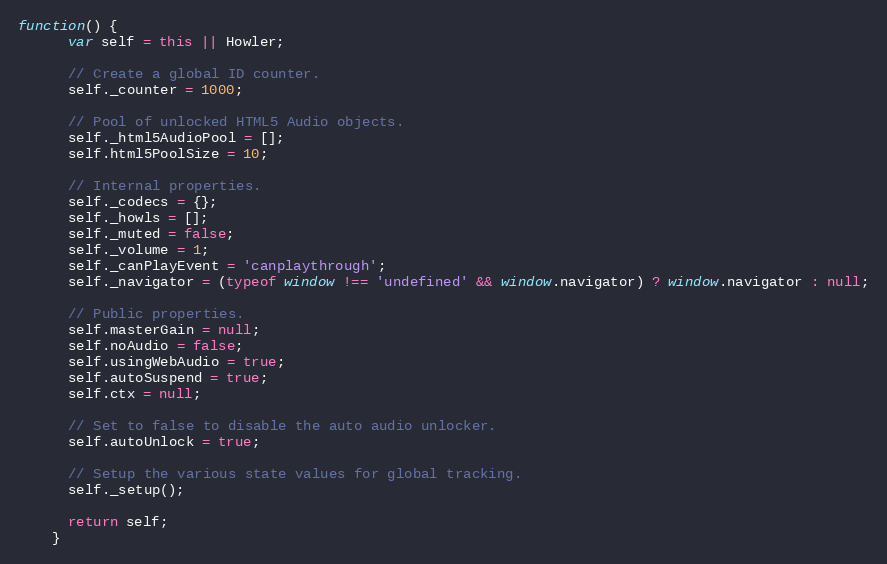
Language: JavaScript
function() {
      var self = this || Howler;

      // Create a global ID counter.
      self._counter = 1000;

      // Pool of unlocked HTML5 Audio objects.
      self._html5AudioPool = [];
      self.html5PoolSize = 10;

      // Internal properties.
      self._codecs = {};
      self._howls = [];
      self._muted = false;
      self._volume = 1;
      self._canPlayEvent = 'canplaythrough';
      self._navigator = (typeof window !== 'undefined' && window.navigator) ? window.navigator : null;

      // Public properties.
      self.masterGain = null;
      self.noAudio = false;
      self.usingWebAudio = true;
      self.autoSuspend = true;
      self.ctx = null;

      // Set to false to disable the auto audio unlocker.
      self.autoUnlock = true;

      // Setup the various state values for global tracking.
      self._setup();

      return self;
    }